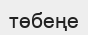
төбеңе